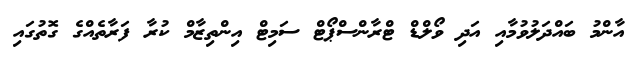
އާންމު ބައްދަލުވުމާއި އަދި ވޯލްޑް ޓްރާންސްޕޯޓް ސަމިޓް އިންތިޒާމް ކުރާ ފަރާތެއްގެ ގޮތުގައި